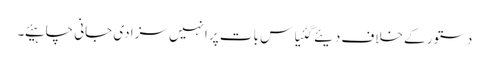
دستور کے خلاف دیئے گئیاس بات پر انہیں سزا دی جانی چاہیئے ۔